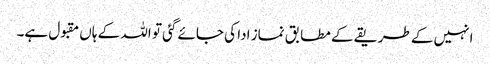
انہیں کے طریقے کے مطابق نماز ادا کی جائے گئی تو اللہ کے ہاں مقبول ہے۔